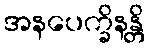
အနပေက္ခိနန္တိ